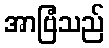
အာဗြံသည်